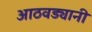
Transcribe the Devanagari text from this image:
आठवड्यानी